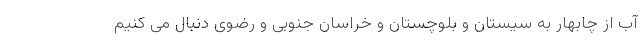
آب از چابهار به سیستان و بلوچستان و خراسان جنوبی و رضوی دنبال می کنیم